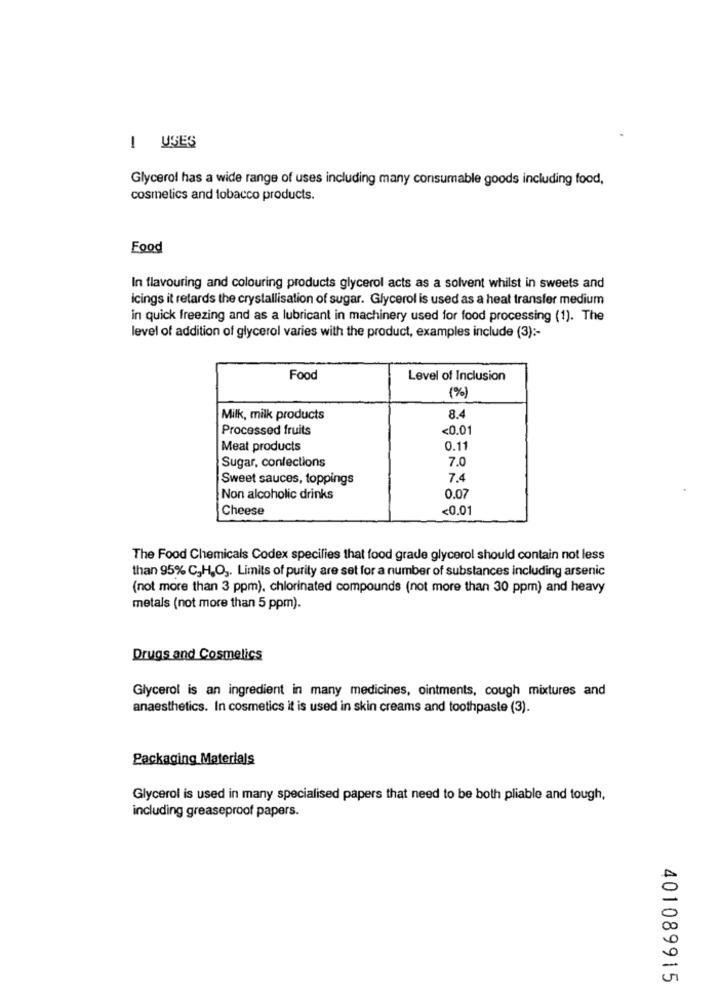
I USES
Glycerol has a wide range of uses including many consumable goods including food,
cosmetics and tobacco products.
Food
In flavouring and colouring products glycerol acts as a solvent whilst in sweets and
icings it retards the crystallisation of sugar. Glycerol is used as a heat transfer medium
in quick freezing and as a lubricant in machinery used for food processing (1). The
level of addition of glycerol varies with the product, examples include (3) :-
Food
Level of Inclusion
(%)
Milk, milk products
8.4
Processed fruits
<0.01
Meat products
0.11
7.0
Sugar, conlections
Sweet sauces, toppings
7.4
Non alcoholic drinks
0.07
Cheese
<0.01
The Food Chemicals Codex specifies that food grade glycerol should contain not less
than 95% C,H,O ,. Limits of purity are set for a number of substances including arsenic
(not more than 3 ppm), chlorinated compounds (not more than 30 ppm) and heavy
metals (not more than 5 ppm).
Drugs and Cosmetics
Glycerol is an ingredient in many medicines, ointments, cough mixtures and
anaesthetics. In cosmetics it is used in skin creams and toothpaste (3).
Packaging Materials
Glycerol is used in many specialised papers that need to be both pliable and tough,
including greaseproof papers.
401089915